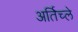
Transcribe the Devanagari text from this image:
अर्तिच्ले